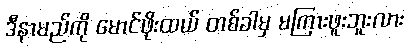
ဒီနာမည်ကို မောင်ဖိုးထယ် တစ်ခါမှ မကြားဖူးဘူးလား